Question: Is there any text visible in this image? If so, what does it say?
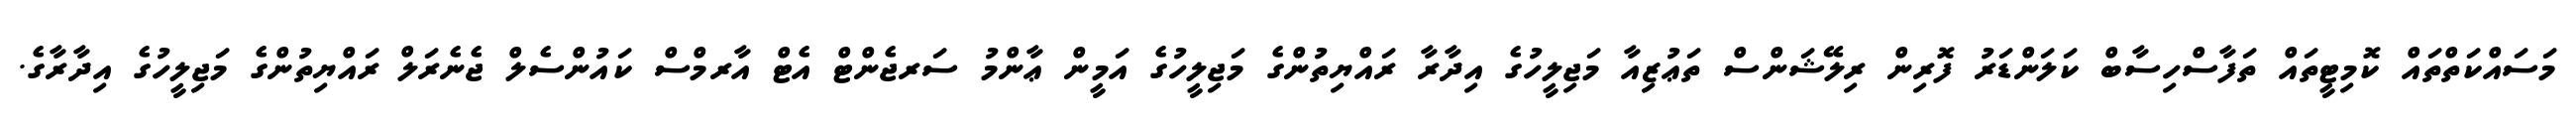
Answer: މަސައްކަތްތައް ކޮމިޓީތައް ތަފާސްހިސާބް ކަލަންޑަރު ފޮރިން ރިލޭޝަންސް ތަޢުޒިއާ މަޖިލީހުގެ އިދާރާ ރައްޔިތުންގެ މަޖިލީހުގެ އަމީން ޢާންމު ސަރޖެންޓް އެޓް އާރމްސް ކައުންސެލް ޖެނެރަލް ރައްޔިތުންގެ މަޖިލީހުގެ އިދާރާގެ.